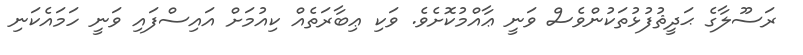
ރަސޫލާގެ ޙަދީޘުފުޅުތަކުންވެސް ވަނީ ޢާއްމުކޮށެވެ. ވަކި ޢިބާރަތެއް ކިއުމަށް އައިސްފައި ވަނީ ހަމައެކަނި